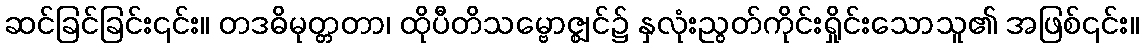
ဆင်ခြင်ခြင်း၎င်း။ တဒဓိမုတ္တတာ၊ ထိုပီတိသမ္ဗောဇ္ဈင်၌ နှလုံးညွတ်ကိုင်းရှိုင်းသောသူ၏ အဖြစ်၎င်း။